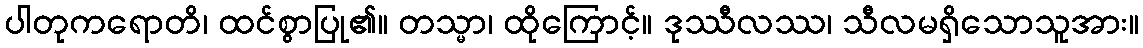
ပါတုကရောတိ၊ ထင်စွာပြု၏။ တသ္မာ၊ ထိုကြောင့်။ ဒုဿီလဿ၊ သီလမရှိသောသူအား။